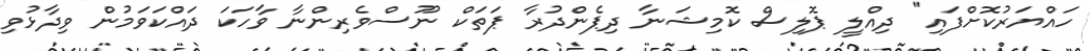
ހައްޔަރުކޮށްފައި" ދިއްލީ ޕޮލިސް ކޮމިޝަނާ ދިޕެންދުރާ ޕަތަކް ނޫސްވެރިންނާ ވާހަކަ ދައްކަވަމުން ވިދާޅުވި